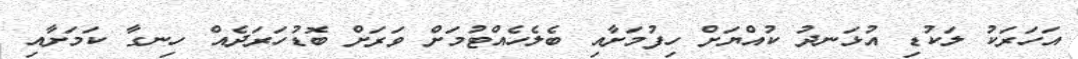
އަހަރަކު ލަކުޑި އުޅަނދު ކުއްޔަށް ހިފުމަށާއި ބެލެހެއްޓުމަށް ވަރަށް ބޮޑުހަރަދެއް ހިނގާ ކަމަށާއި